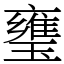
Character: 㻾